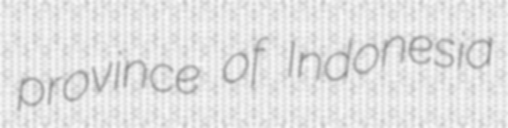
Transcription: province of Indonesia